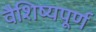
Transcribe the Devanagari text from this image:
वैशिष्यपूर्ण